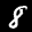
Label: 8